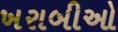
ખરાબીઓ